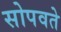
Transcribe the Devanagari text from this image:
सोपवते